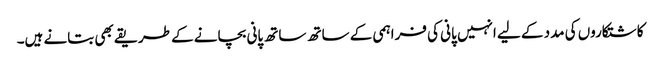
کاشتکاروں کی مدد کے لیے انہیں پانی کی فراہمی کے ساتھ ساتھ پانی بچانے کے طریقے بھی بتانے ہیں۔